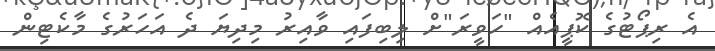
އެ ރިޕޯޓުގެ ކޮޕީއެއް "ހަވީރަ"ށް ލިބިފައި ވާއިރު މިދިޔަ ދެ އަހަރުގެ މާކެޓިން